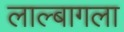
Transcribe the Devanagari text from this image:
लाल्बागला